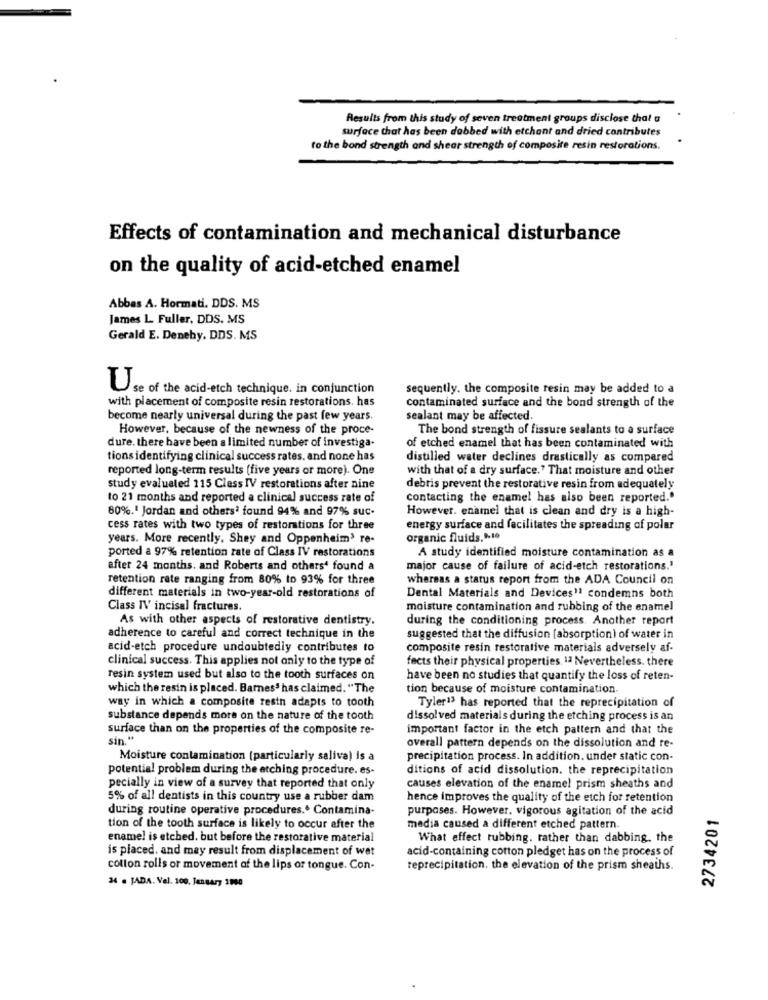
Results from this study of seven treatment groups disclose that a
surface that has been dabbed with etchant and dried contributes
to the bond strength and shear strength of composite resin restorations.
Effects of contamination and mechanical disturbance
on the quality of acid-etched enamel
Abbas A. Hormati. DDS. MS
James L. Fuller, DDS. MS
Gerald E. Deneby. DDS. MS
Use of the acid-etch technique. in conjunction
sequently, the composite resin may be added to a
with placement of composite resin restorations. has
contaminated surface and the bond strength of the
become nearly universal during the past few years.
sealant may be affected
However, because of the newness of the proce-
The bond strength of fissure sealants to a surface
dure. there have been a limited number of investiga.
of etched enamel that has been contaminated with
tionsidentifying clinical success rates, and none has
distilled water declines drastically as compared
reported long-term results (five years or more). One
with that of a dry surface." That moisture and other
study evaluated 115 Cless IV restorations after nine
debris prevent the restorative resin from adequately
to 21 months and reported a clinical success rate of
contacting the enamel has also been reported."
80%.' Jordan and othersª found 94% and 97% suc.
However. enamel that is clean and dry is a high-
cess rates with two types of restorations for three
energy surface and facilitates the spreading of polar
years. More recently. Shey and Oppenheim3 re-
organic fluids."-10
ported a 97% retention rate of Class IV restorations
A study identified moisture contamination as a
after 24 months. and Roberts and others' found a
major cause of failure of acid-etch restorations."
retention rate ranging from 80% to 93% for three
whereas a status report from the ADA Council on
different materials in two-year-old restorations of
Dental Materials and Devices' condemns both
Class IV incisal fractures.
moisture contamination and rubbing of the enamel
As with other aspects of restorative dentistry.
during the conditioning process. Another report
adherence to careful and correct technique in the
suggested that the diffusion [absorption) of water in
acid-etch procedure undoubtedly contributes to
composite resin restorative materials adversely af-
clinical success. This applies not only to the type of
fects their physical properties. 1ª Nevertheless. there
resin system used but also to the tooth surfaces on
have been no studies that quantify the loss of reten-
which the resin is placed. Barnes' has claimed. "The
tion because of moisture contamination.
way in which a composite resin adapts to tooth
Tyler13 has reported that the reprecipitation of
substance depends more on the nature of the tooth
dissolved materials during the etching process is an
surface than on the properties of the composite re-
important factor in the etch pattern and that the
sin."
overall pattern depends on the dissolution and re-
Moisture contamination (particularly saliva) is a
precipitation process. In addition. under static con-
potential problem during the etching procedure. es-
ditions of acid dissolution. the reprecipitation
pecially in view of a survey that reported that only
causes elevation of the enamel prism sheaths and
5% of all dentists in this country use a rubber dam
hence improves the quality of the etch for retention
during routine operative procedures.º Contamina-
purposes. However. vigorous agitation of the acid
2734201
tion of the tooth surface is likely to occur after the
media caused a different etched pattern.
enamel is etched. but before the restorative material
What effect rubbing. rather than dabbing, the
is placed, and may result from displacement of wet
acid-containing cotton pledget has on the process of
cotton rolls or movement of the lips or tongue. Con-
reprecipitation, the elevation of the prism sheaths.
34 . JADA. Vel. 100. January 1900